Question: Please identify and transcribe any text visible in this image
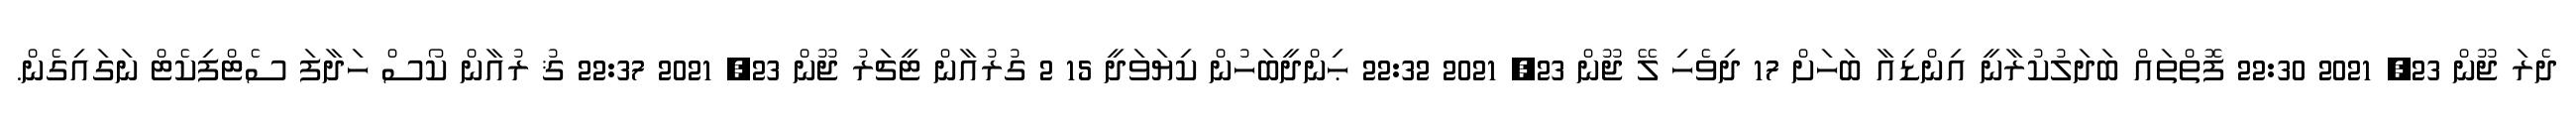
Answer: ދެރަ ޖޫން 23, 2021 22:30 ފޮތްތައް ބަދަލުކުރާނީ އިންޑިއާ ބަހަށް 17 ދިވެހި ލޭ ޖޫން 23, 2021 22:32 ޙިންދީބަހުން ކިޔަވަދީ 15 2 ގުރުއާން ޓީޗަރު ޖޫން 23, 2021 22:37 ޤު ރުއާން ކޯސް ހަދާފަ ސެޓްފިކެޓް ނަގައިގެން.